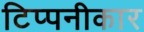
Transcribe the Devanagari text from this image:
टिप्पनीकार